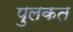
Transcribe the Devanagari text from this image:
पुलकत